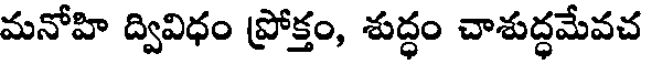
మనోహి ద్వివిధం ప్రోక్తం, శుద్ధం చాశుద్ధమేవచ